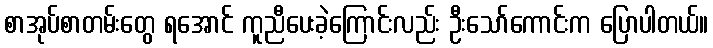
စာအုပ်စာတမ်းတွေ ရအောင် ကူညီပေးခဲ့ကြောင်းလည်း ဦးသော်ကောင်းက ပြောပါတယ်။